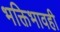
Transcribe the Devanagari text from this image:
भक्तिभावही